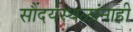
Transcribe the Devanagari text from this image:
सौंदर्यस्थळांनाही